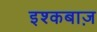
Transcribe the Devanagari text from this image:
इश्कबाज़